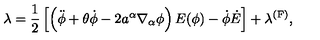
\lambda = \frac { 1 } { 2 } \left[ \left( \ddot { \phi } + \theta \dot { \phi } - 2 a ^ { \alpha } \nabla _ { \alpha } \phi \right) E ( \phi ) - \dot { \phi } \dot { E } \right] + \lambda ^ { \mathrm { ( F ) } } ,